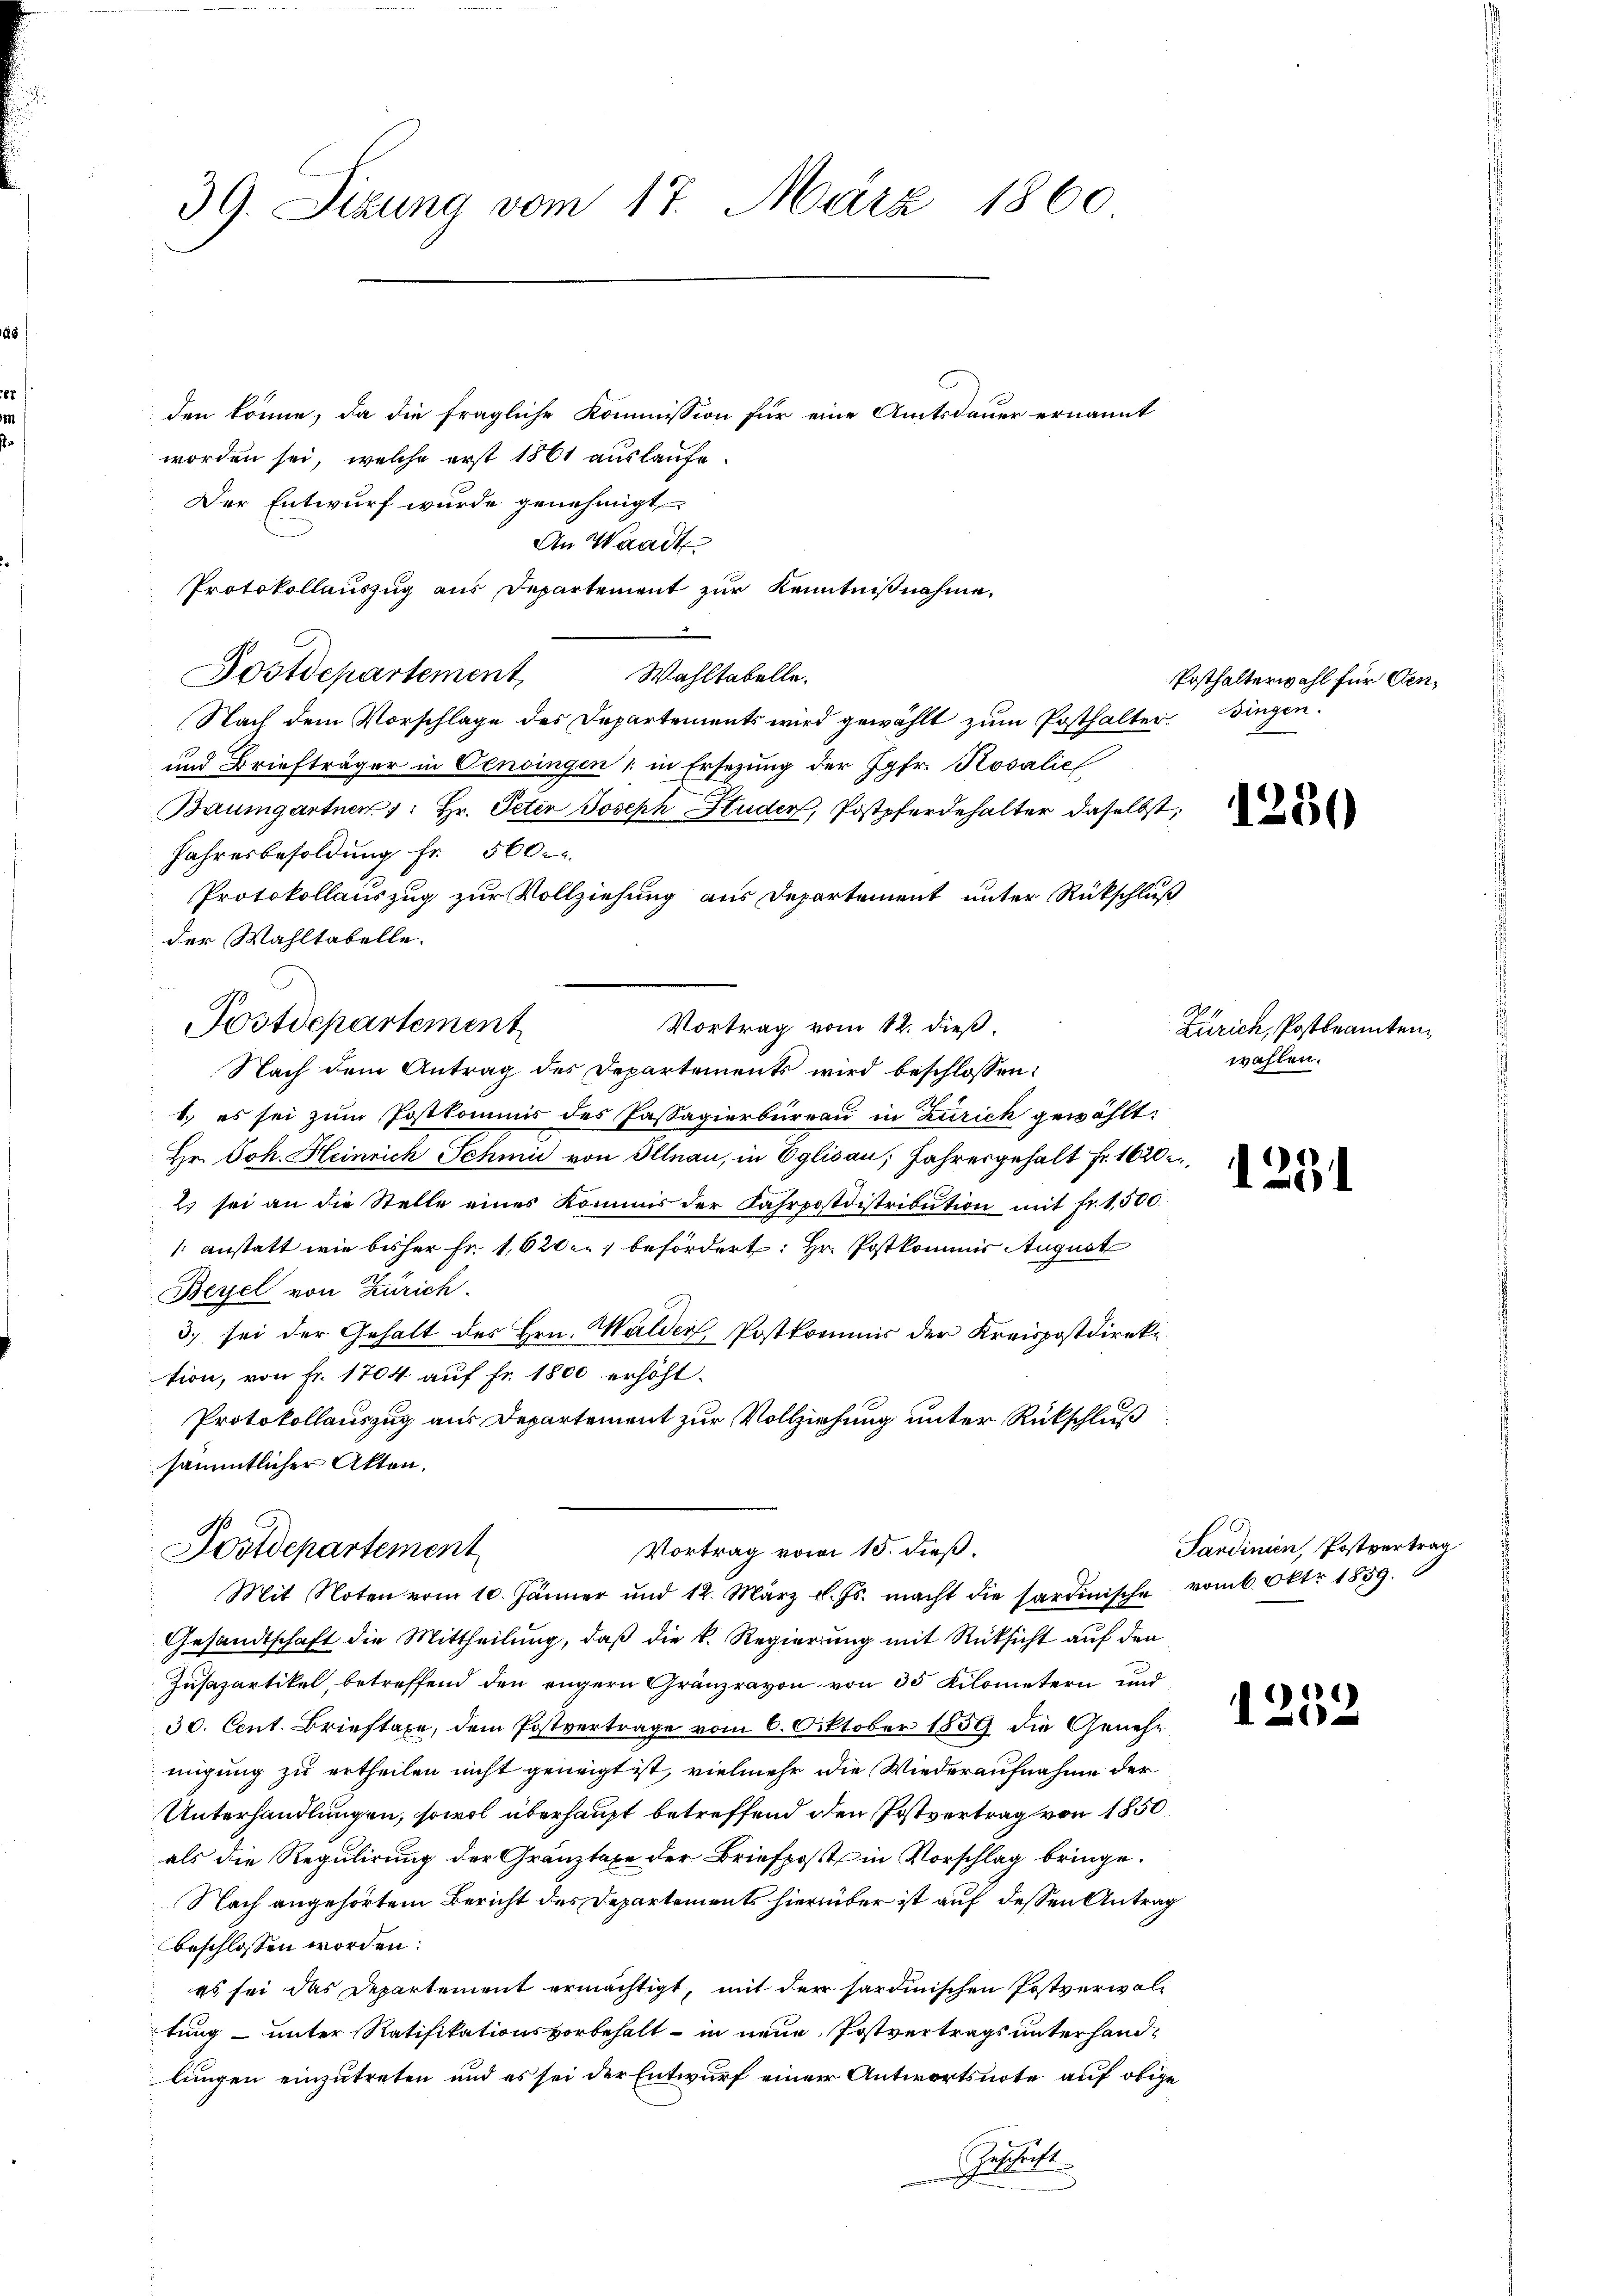
39. Sizung vom 17. März 1860

den könne, da die fragliche Kommission für eine Amtsdauer ernannt
worden sei, welche erst 1861 auslaufe.
Der Entwurf wurde genehmigt
An Waadt
Protokollauszug aus Departement zur Kenntnißnahme,
Postdepartement
Wahltabelle.
Nach dem Vorschlage des Departements wird gewählt zum Posthalter singen.
und Briefträger in Censingen (in Ersezung der Jgfr. Rosalie
Baumgartner 1. Hr. Peter Joseph Huder, Postpferdehalter daselbst,
Jahresbesoldung fr 560.
Protokollauszug zur Vollziehung aus Departement unter Rückschluß
der Wahltabelle.
Postdepartement
Vortrag vom 12. dieß.
Nach dem Antrag des Departements wird beschlossen:
1.) es sei zum Postkommis des Passagierbureau in Zürich gewählt:
Hr. Joh. Heinrich Schmid von Illnau, in Eglisau; Jahresgehalt Fr. 1620
Es sei an die Stelle eines Kommis der Fahrpostdistribution mit fr. 1,500
/: anstatt wie bisher Fr. 1620 befördert: Hr. Postkommis August
Beyel von Zürich.
3.) sei der Gehalt des Hrn. Walder Postkommis der Kreispostdirektion, von Fr. 1704 auf Fr. 1800 erhöht.
Protokollauszug aus Departement zur Vollziehung unter Rückschluß
sämmtlicher Akten.

Vortrag vom 15. dieß.
Postdepartement
Mit Noten vom 10. Jänner und 12. März l. Js. macht die sardinische vom 6. Oktr. 1859.

Posthalterwahl für Cen¬

Gesandtschaft die Mittheilung, daß die k. Regierung mit Rüksicht auf den
Jusazartikel, betreffend den engern Gränzravon von 35 Kilometern und
30. Cent. Brieftaxe, dem Postvertrage vom 6. Oktober 1859 die Genehmigung zu ertheilen nicht geneigt ist, vielmehr die Wiederaufnahme der
Unterhandlungen, sowol überhaupt betreffend den Postvertrag von 1850
als die Regulirung der Gränztaxe der Briefpost in Vorschlag bringe.
Nach angehörtem Bericht des Departements hierüber ist auf dessen Antrag
beschlossen worden:
es sei das Departement ermächtigt, mit der sardinischen Postverwaltung unter Ratifikationsvorbehalt - in neue Postvertrags unterhandlungen einzutreten und es sei der Entwurf einer Antwortsnote auf obige
hattet

1230

Zürich, Postbeamten,
wahlen.

1291

1252

Sardinien, Postvertrag